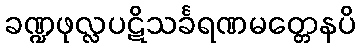
ခဏ္ဍဖုလ္လပဋိသင်္ခရဏမတ္တေနပိ